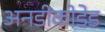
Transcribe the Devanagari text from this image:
अनडीकोडेड